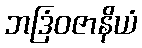
ဘဒြံဝဇာနိယံ